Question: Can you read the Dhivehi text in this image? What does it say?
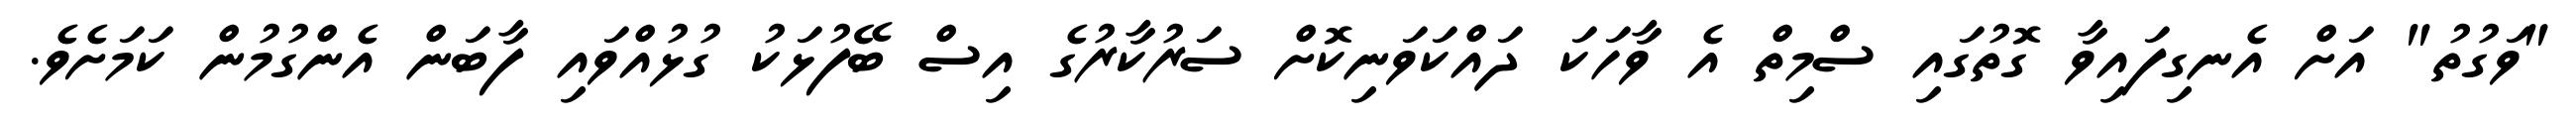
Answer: "ވަގުތު" އަށް އެނގިފައިވާ ގޮތުގައި ސްމިތް އެ ވާހަކަ ދައްކަވަނިކޮށް ސަރުކާރުގެ އިސް ބޭފުޅަކު ގުޅުއްވައި ފާބަން އެންގުމުން ކަމަށެވެ.